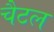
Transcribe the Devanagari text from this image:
चैटल